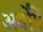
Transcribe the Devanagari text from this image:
अर्थोंमें